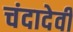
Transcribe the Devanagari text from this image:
चंदादेवी